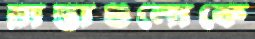
রাস্তাগুলোকে